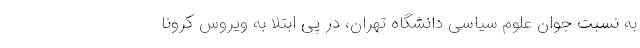
به نسبت جوان علوم سیاسی دانشگاه تهران، در پی ابتلا به ویروس کرونا